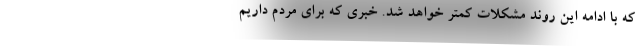
که با ادامه این روند مشکلات کمتر خواهد شد. خبری که برای مردم داریم